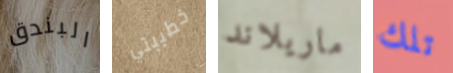
البندق خطيبتي ماريلاند تلك